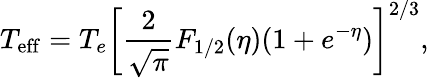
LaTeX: T_{\mathrm{eff}}=T_{e}\left[\frac{2}{\sqrt{\pi}}F_{1/2}(\eta)(1+e^{-\eta})\right]^{2/3},